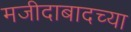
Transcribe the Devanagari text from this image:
मजीदाबादच्या